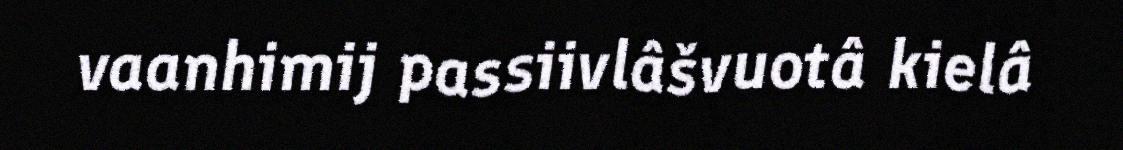
vaanhimij passiivlâšvuotâ kielâ